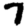
Digit: 7